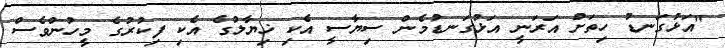
"އަޅުގަނޑު ހިތަށް އަރަނީ އަޅުގަނޑުމެން ސިޔާސީ އެކި ޚިޔާލުގެ އެކި ފިކުރުގެ މީހުންވެސް